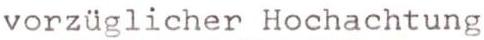
vorzüglicher Hochachtung